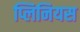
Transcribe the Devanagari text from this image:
प्लिनियस